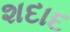
શદાદ